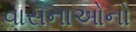
વાસનાઓનો